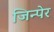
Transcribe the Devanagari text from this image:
जिन्पेर